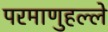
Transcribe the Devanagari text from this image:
परमाणुहल्ले